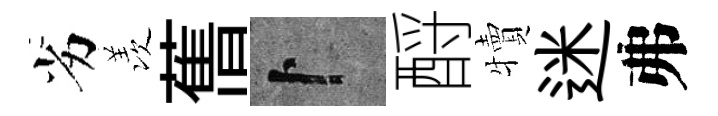
劣羡𦾔卜酹犢迷弗